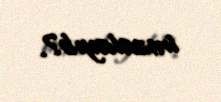
imzalayıb?.